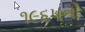
૧૯૬૫નો